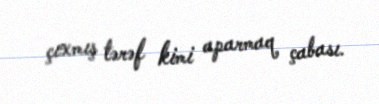
çıxmış tərəf kimi aparmaq çabası.